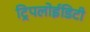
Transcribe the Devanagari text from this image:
ट्रिपलोईडिटी